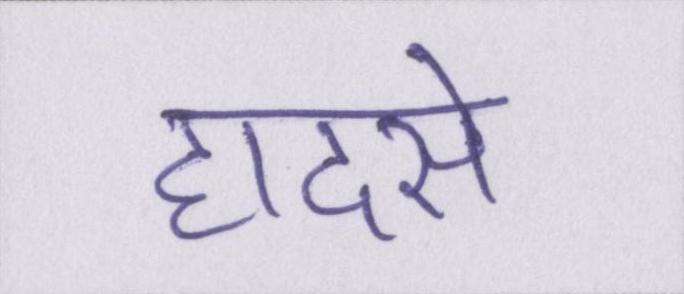
हादसे